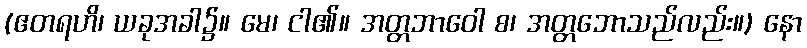
(ဧတရဟိ၊ ယခုအခါ၌။ မေ၊ ငါ၏။ အတ္တဘာဝေါ စ၊ အတ္တဘောသည်လည်း။) နော